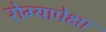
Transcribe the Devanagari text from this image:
रोग्यापेक्षा